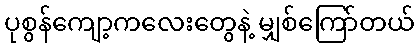
ပုစွန်ကျော့ကလေးတွေနဲ့ မျှစ်ကြော်တယ်